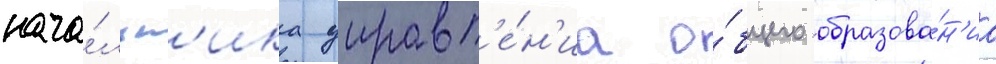
нача́льн'ика управл'е́н'иа о́бщего образова́н'иа